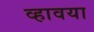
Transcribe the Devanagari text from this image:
व्हावया